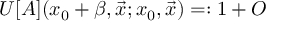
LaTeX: U [ A ] ( x _ { 0 } + \beta , \vec { x } ; x _ { 0 } , \vec { x } ) = : 1 + { \cal O }